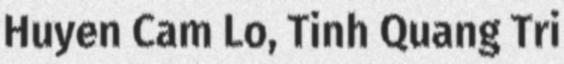
Huyen Cam Lo, Tinh Quang Tri